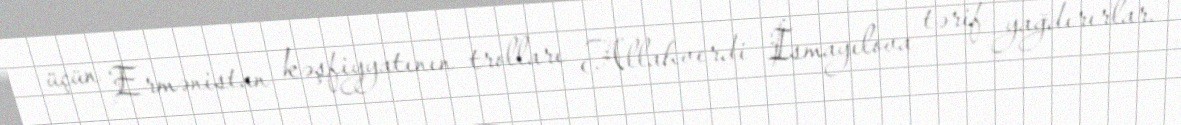
üçün Ermənistan kəşfiyyatının trolları Allahverdi İsmayılova tərif yağdırırlar.